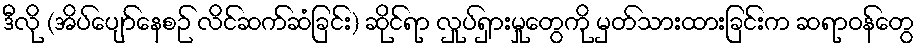
ဒီလို (အိပ်ပျော်နေစဉ် လိင်ဆက်ဆံခြင်း) ဆိုင်ရာ လှုပ်ရှားမှုတွေကို မှတ်သားထားခြင်းက ဆရာဝန်တွေ